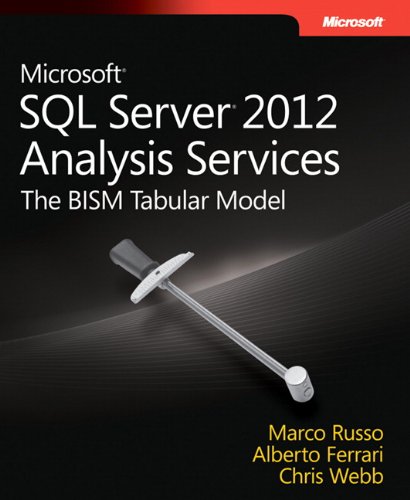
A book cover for Microsoft SQL Server 2012 Analysis Services: The BISM Tabular Model (Developer Reference); Alberto Ferrari; Computers & Technology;